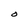
Character: O